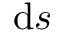
\mathrm { d } s